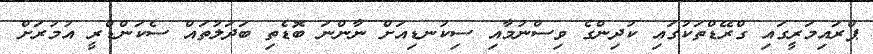
ޕްރައިމަރީގައި ގްރޭޑްތަކުގައި ކުދިންގެ ވިސްނުމާއި ސިކުނޑިއަށް ނާންނަ ބޮޑެތި ބަދަލުތައް ސެކަންޑްރީ އުމުރަށް